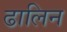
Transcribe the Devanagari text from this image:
ढालिन